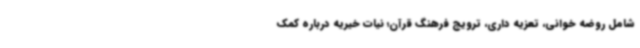
شامل روضه خوانی، تعزیه داری، ترویج فرهنگ قرآن؛ نیات خیریه درباره کمک